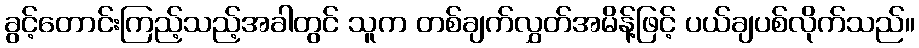
ခွင့်တောင်းကြည့်သည့်အခါတွင် သူက တစ်ချက်လွှတ်အမိန့်ဖြင့် ပယ်ချပစ်လိုက်သည်။